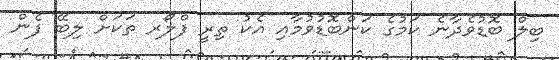
ބިލް ބޮޑުވެދާނެ ކަމުގެ ކަންބޮޑުވުމާއި އެކު ތިރީ ފްލޯރ ތަކަށް ލިބޭ ފެން